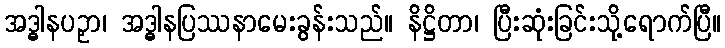
အဒ္ဓါနပဉှာ၊ အဒ္ဓါနပြဿနာမေးခွန်းသည်။ နိဋ္ဌိတာ၊ ပြီးဆုံးခြင်းသို့ရောက်ပြီ။